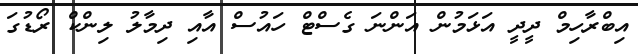
އިބްރާހިމް ދީދީ އަޅަމުން އަންނަ ގެސްޓް ހައުސް އާއި ދިމާލު ލިންކް ރޯޑުގަ